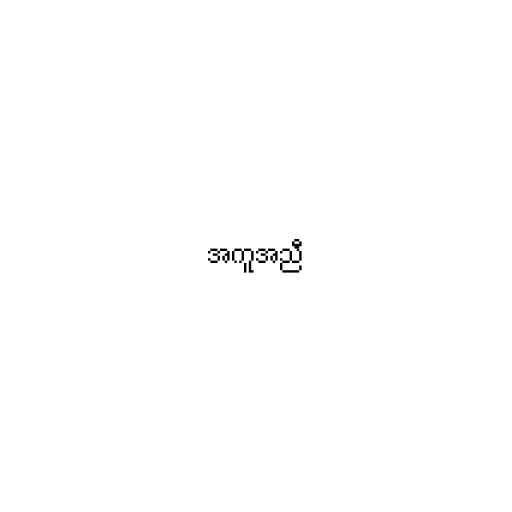
အကူအညီ